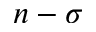
n - \sigma